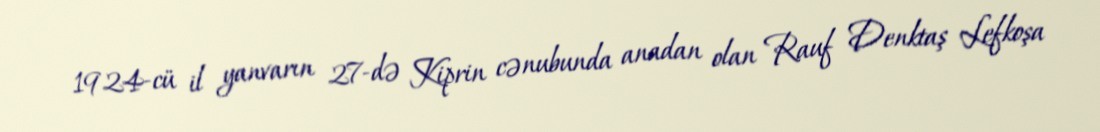
1924-cü il yanvarın 27-də Kiprin cənubunda anadan olan Rauf Denktaş Lefkoşa